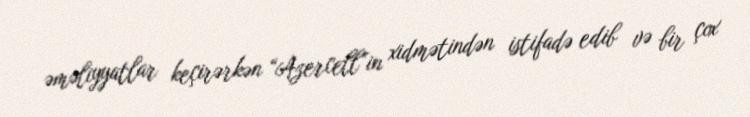
əməliyyatlar keçirərkən “Azercell”in xidmətindən istifadə edib və bir çox